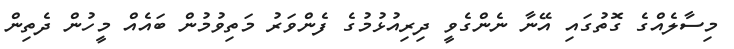
މިސާލެއްގެ ގޮތުގައި އޭނާ ނެންގެވީ ދިރިއުޅުމުގެ ފެންވަރު މަތިވުމުން ބައެއް މީހުން ދެތިން